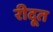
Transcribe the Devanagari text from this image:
रीदूत